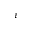
\varepsilon